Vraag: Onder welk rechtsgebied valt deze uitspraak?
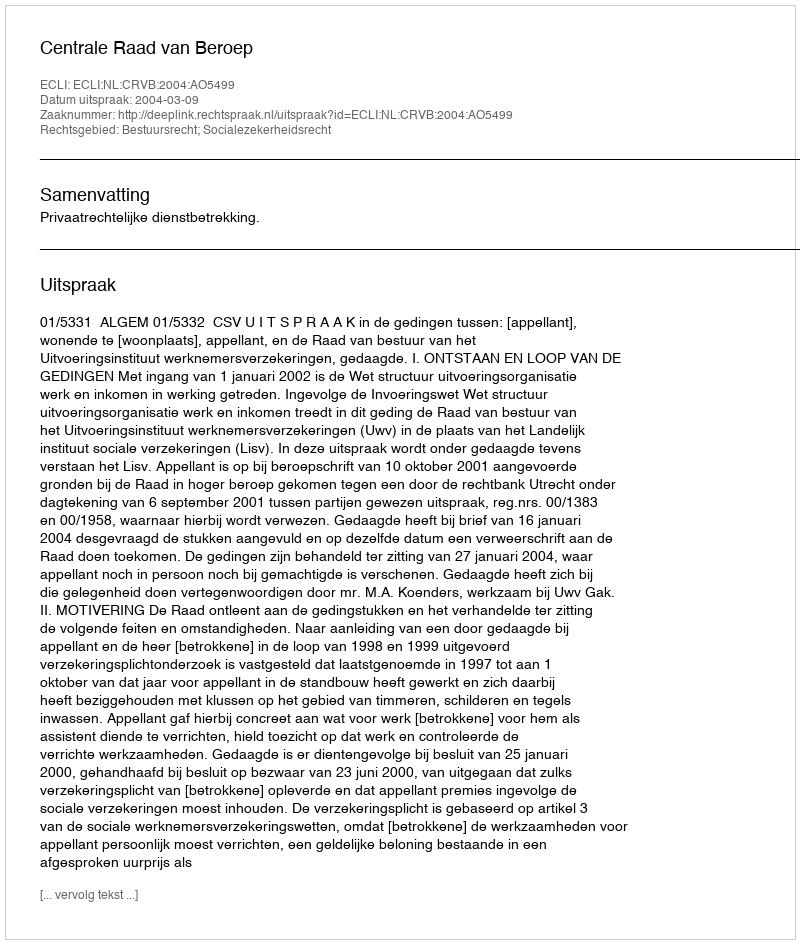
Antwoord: Bestuursrecht; Socialezekerheidsrecht